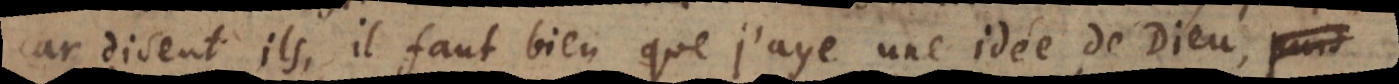
Car, disent‐ils, il faut bien que j’aye une idée de Dieu